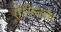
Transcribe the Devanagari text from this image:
ऐलिज़वेथ